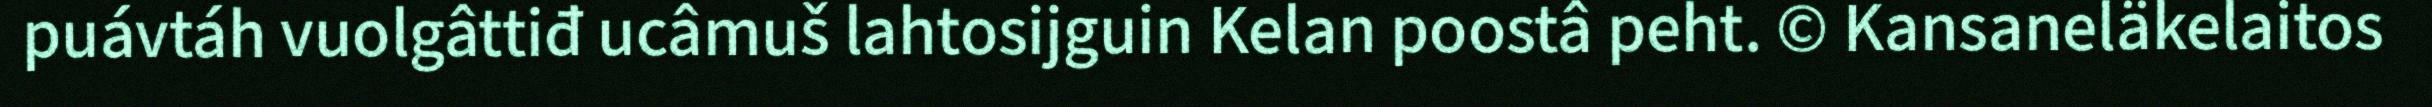
puávtáh vuolgâttiđ ucâmuš lahtosijguin Kelan poostâ peht. © Kansaneläkelaitos